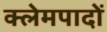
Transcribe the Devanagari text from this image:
क्लेमपादों